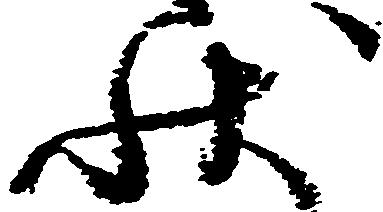
状